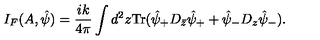
I _ { F } ( A , { \hat { \psi } } ) = \frac { i k } { 4 \pi } \int d ^ { 2 } z \mathrm { T r } ( { \hat { \psi } } _ { + } D _ { \bar { z } } { \hat { \psi } } _ { + } + { \hat { \psi } } _ { - } D _ { z } { \hat { \psi } } _ { - } ) .